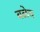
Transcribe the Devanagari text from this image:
बळेच